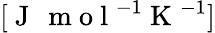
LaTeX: [\mathrm{~J~\, ~m~o~l~}^{-1}\mathrm{~K~}^{-1}]